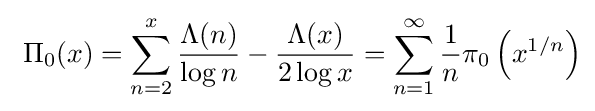
\ \Pi _{0}(x)=\sum _{n=2}^{x}{\frac {\Lambda (n)}{\log n}}-{\frac {\Lambda (x)}{2\log x}}=\sum _{n=1}^{\infty }{\frac {1}{n}}\pi _{0}\left(x^{1/n}\right)